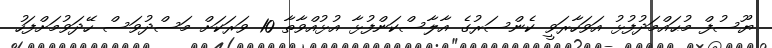
ޔޫސުފް މުޙައްމަދުފުޅު އަވަހާރަވީ ކެންސަރުގެ އާލާސްކަންފުޅާ އުޅުއްވާތާ 10 ވަރަކަށް މަސްދުވަސް ހޭދަވުމަށްފަހު